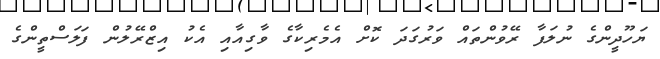
ޔަހޫދީންގެ ނުލަފާ ރޭވުންތައް ވަރުގަދަ ކޮށް އެމެރިކާގެ ވާގިއާއި އެކު އިޒްރޭލުން ފަލަސްތީންގެ